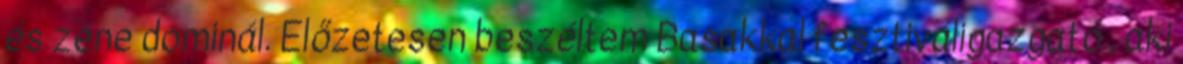
és zene dominál. Előzetesen beszéltem Basakkal fesztiváligazgató , aki